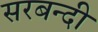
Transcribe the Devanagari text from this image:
सरबन्दी